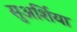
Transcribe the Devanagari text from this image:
सुअर्शिया